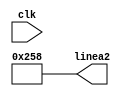
`timescale 1ns / 1ps
//////////////////////////////////////////////////////////////////////////////////
// Company: 
// Engineer: 
// 
// Design Name: 
// Module Name:    Linea2 
// Project Name: 
// Target Devices: 
// Tool versions: 
// Description: 
//
// Dependencies: 
//
// Revision: 
// Revision 0.01 - File Created
// Additional Comments: 
//
//////////////////////////////////////////////////////////////////////////////////
module Linea2(clk, linea2);

	input clk;
	output reg [9:0] linea2=600;
	
	reg clk3;
	reg [16:0] temp1=0;
	always @(posedge clk) begin
		temp1=temp1+1;
		clk3=temp1[16];
	end


endmodule